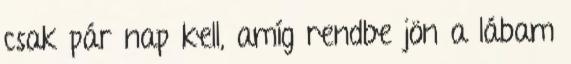
csak pár nap kell, amíg rendbe jön a lábam